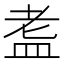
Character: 𭾀